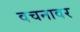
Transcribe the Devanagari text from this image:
वचनावर